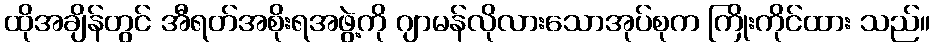
ထိုအချိန်တွင် အီရတ်အစိုးရအဖွဲ့ကို ဂျာမန်လိုလားသောအုပ်စုက ကြိုးကိုင်ထား သည်။